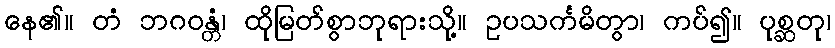
နေ၏။ တံ ဘဂဝန္တံ၊ ထိုမြတ်စွာဘုရားသို့။ ဥပသင်္ကမိတွာ၊ ကပ်၍။ ပုစ္ဆတု၊